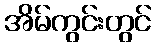
အိမ်ကွင်းတွင်